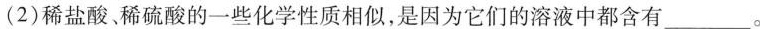
(2)稀盐酸。稀硫酸的一些化学性质相似，是因为它们的溶液中都含有___。